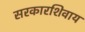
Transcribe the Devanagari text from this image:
सरकारशिवाय